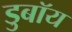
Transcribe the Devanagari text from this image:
डुबॉय